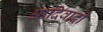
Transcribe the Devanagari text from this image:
आदिवादी